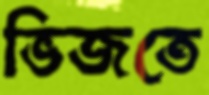
ভিজতে